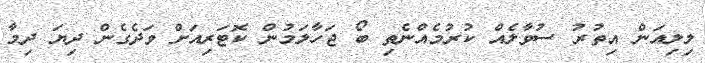
ލިލިއަން އިތުރު ސުވާލެއް ކުރުމެއްނެތި ބޯ ޖަހާލަމުން ކޮޓަރިއަށް ވަދެގެން ދިޔަ ދިމާ